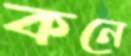
কনে